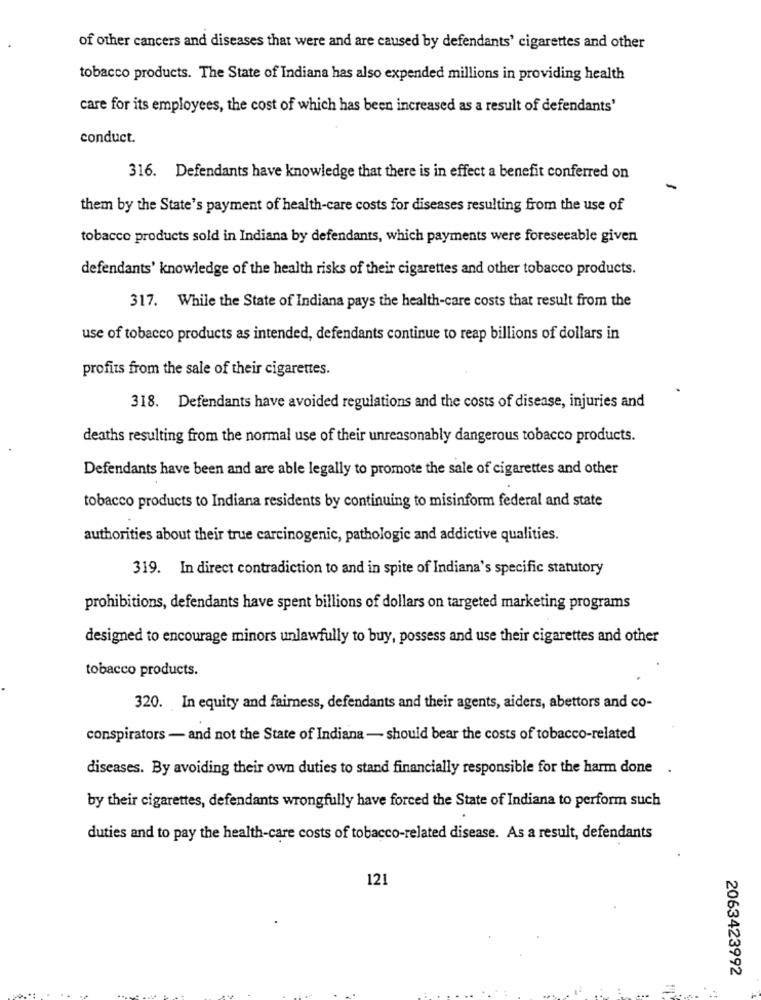
of other cancers and diseases that were and are caused by defendants' cigarettes and other
tobacco products. The State of Indiana has also expended millions in providing health
care for its employees, the cost of which has been increased as a result of defendants'
conduct.
316. Defendants have knowledge that there is in effect a benefit conferred on
-
them by the State's payment of health-care costs for diseases resulting from the use of
tobacco products sold in Indiana by defendants, which payments were foreseeable given
defendants' knowledge of the health risks of their cigarettes and other tobacco products.
317. While the State of Indiana pays the health-care costs that result from the
use of tobacco products as intended, defendants continue to reap billions of dollars in
profits from the sale of their cigarettes.
318. Defendants have avoided regulations and the costs of disease, injuries and
deaths resulting from the normal use of their unreasonably dangerous tobacco products.
Defendants have been and are able legally to promote the sale of cigarettes and other
tobacco products to Indiana residents by continuing to misinform federal and state
authorities about their true carcinogenic, pathologic and addictive qualities.
319. In direct contradiction to and in spite of Indiana's specific statutory
prohibitions, defendants have spent billions of dollars on targeted marketing programs
designed to encourage minors unlawfully to buy, possess and use their cigarettes and other
tobacco products.
320. In equity and fairness, defendants and their agents, aiders, abettors and co-
conspirators - and not the State of Indiana - should bear the costs of tobacco-related
diseases. By avoiding their own duties to stand financially responsible for the harm done .
by their cigarettes, defendants wrongfully have forced the State of Indiana to perform such
duties and to pay the health-care costs of tobacco-related disease. As a result, defendants
121
2063423992